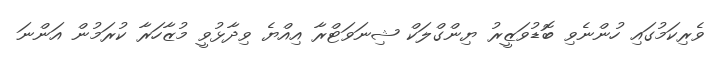
ވެރިކަމުގައި ހުންނެވި ބޮޑުވަޒީރު ޔިންގްލަކް ޝިނަވަޓްރާ އިއްޔެ ވިދާޅުވީ މުޒާހަރާ ކުރަމުން އަންނަ